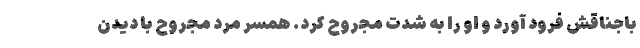
باجناقش فرود آورد و او را به شدت مجروح کرد. همسر مرد مجروح با دیدن